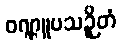
ဝဏ္ဏူပသဉှိတံ